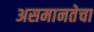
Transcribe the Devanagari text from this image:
असमानतेचा